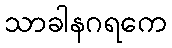
သာခါနဂရကေ